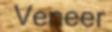
Veneer